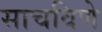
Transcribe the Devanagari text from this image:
साचविणे